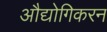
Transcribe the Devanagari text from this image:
औद्योगिकरन